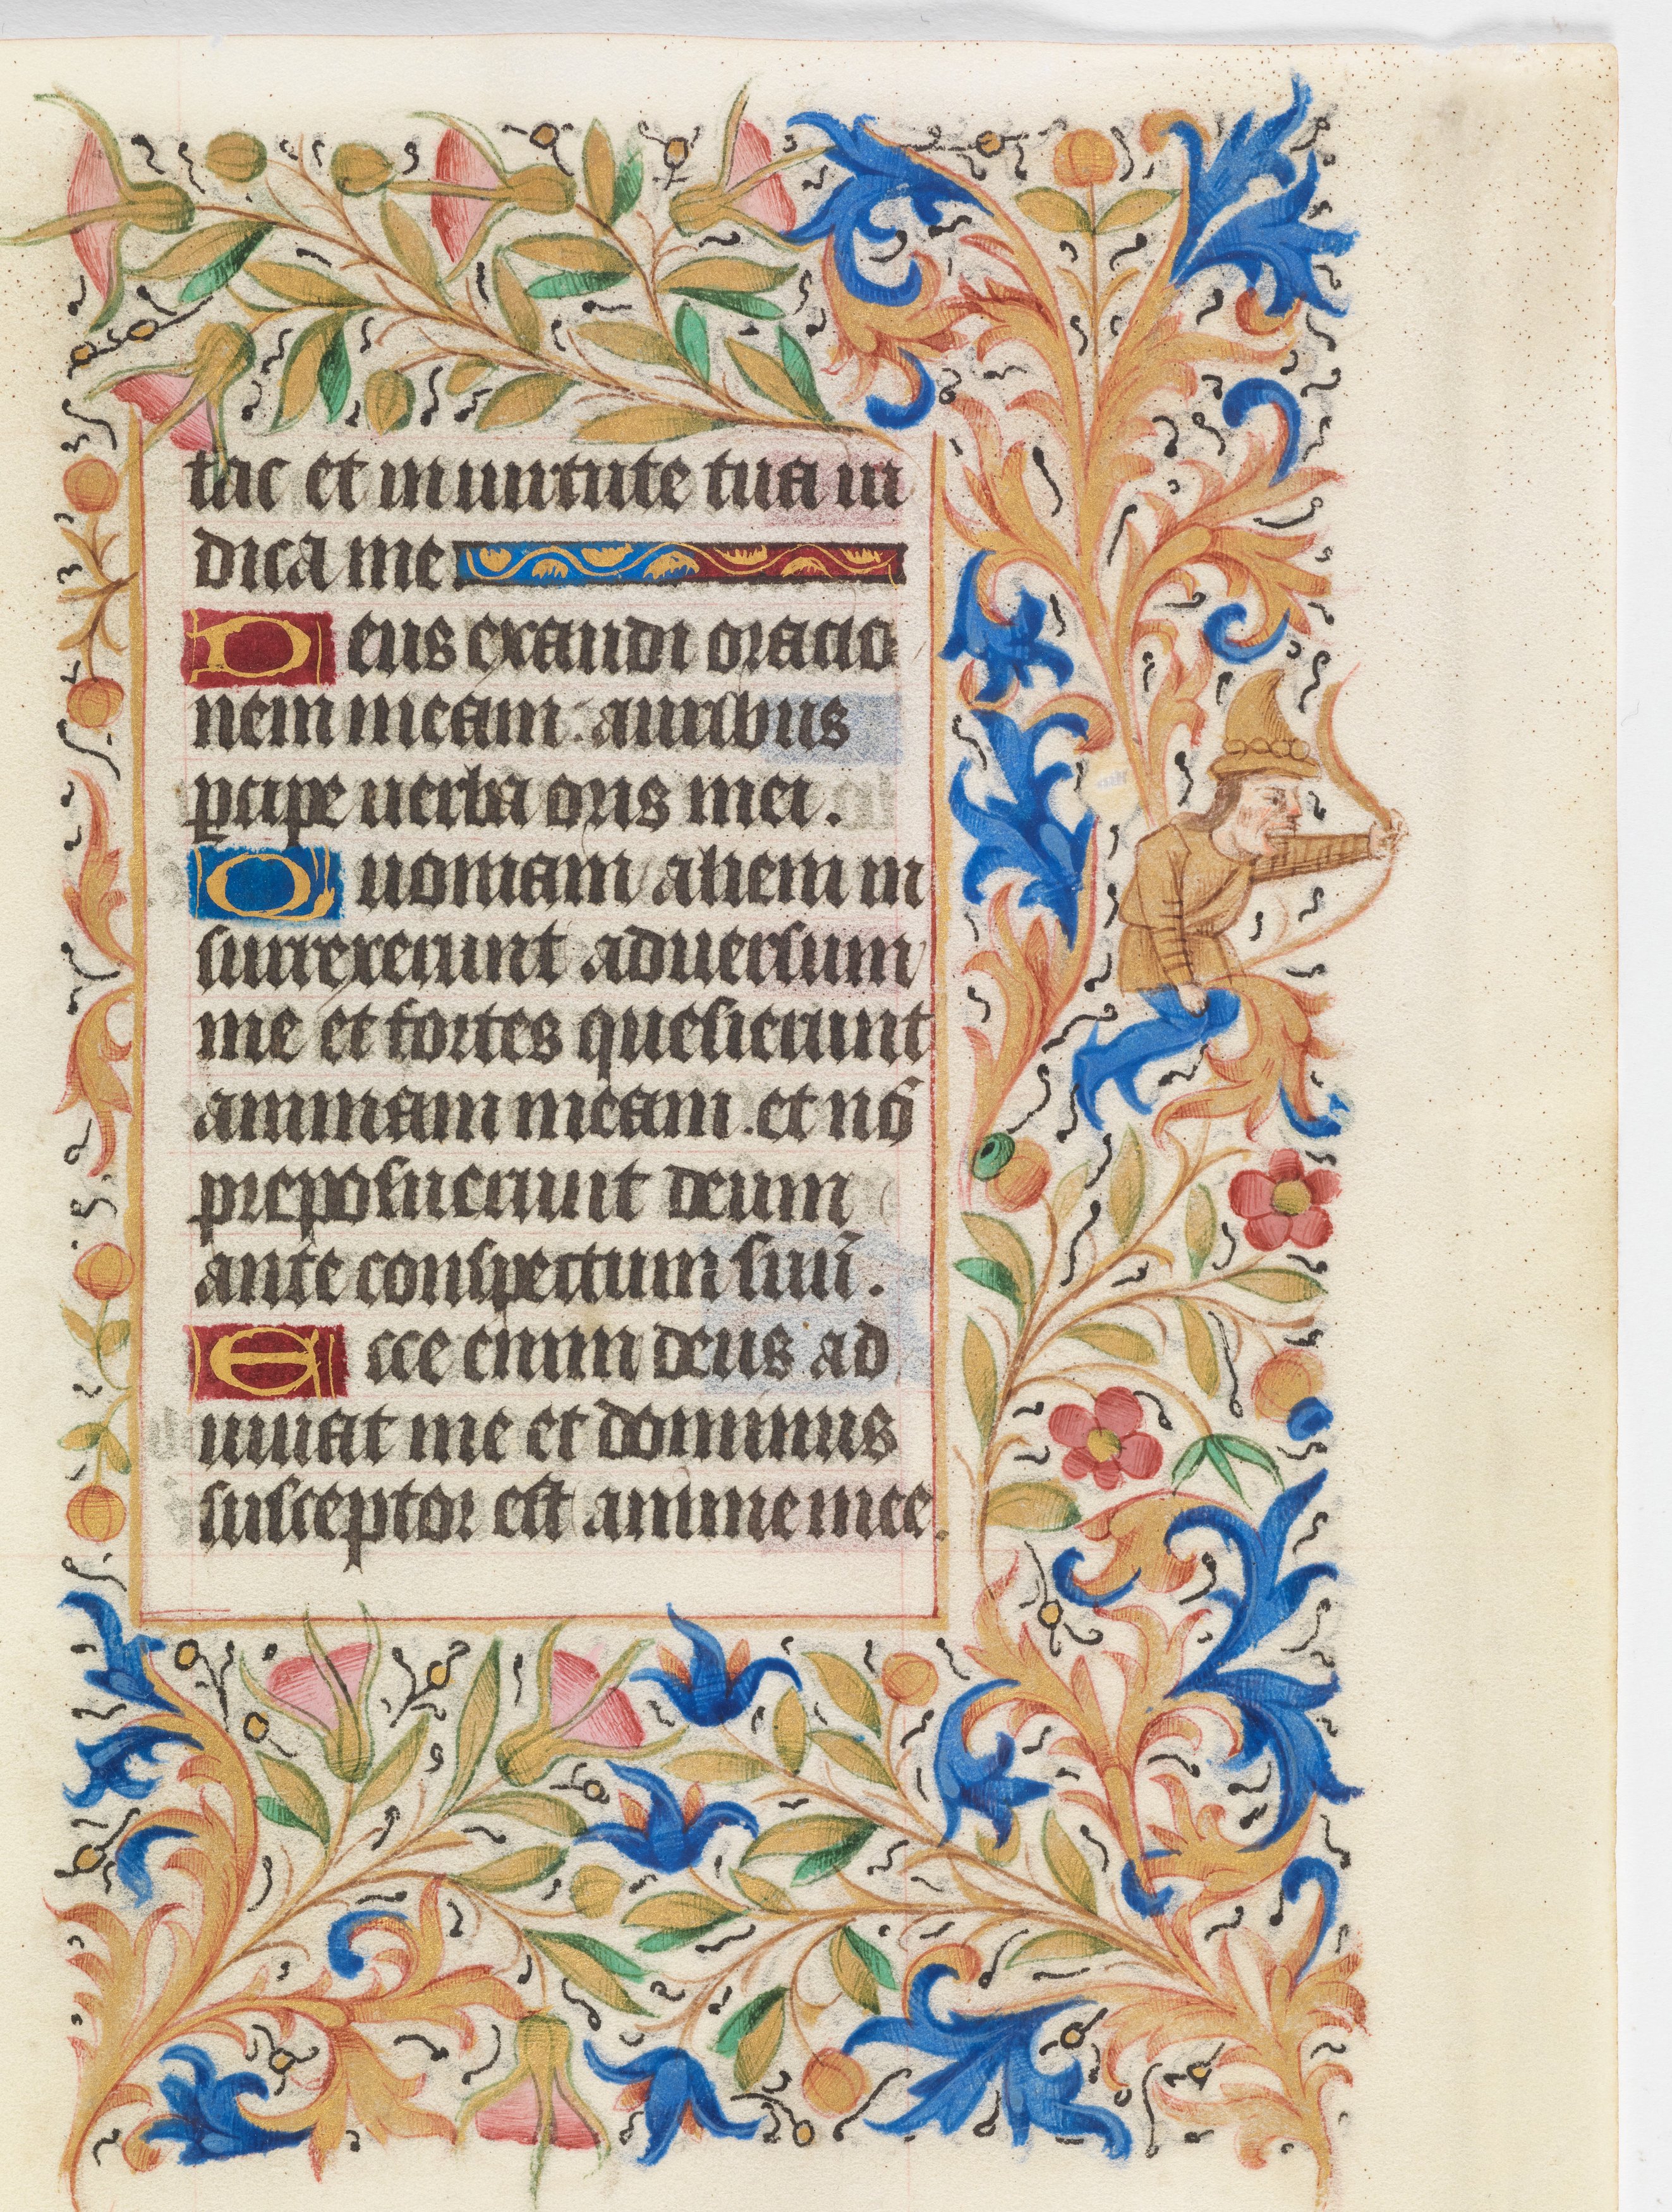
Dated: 1450–1460